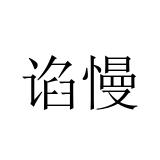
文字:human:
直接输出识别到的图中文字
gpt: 谄慢